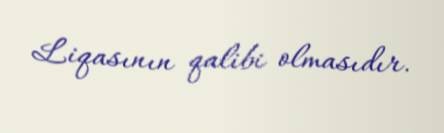
Liqasının qalibi olmasıdır.